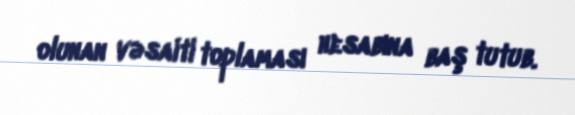
olunan vəsaiti toplaması hesabına baş tutub.